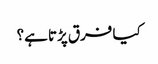
کیا فرق پڑتا ہے؟